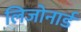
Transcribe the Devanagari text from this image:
लिजोनार्ड